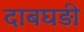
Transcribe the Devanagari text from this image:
दाबघड़ी